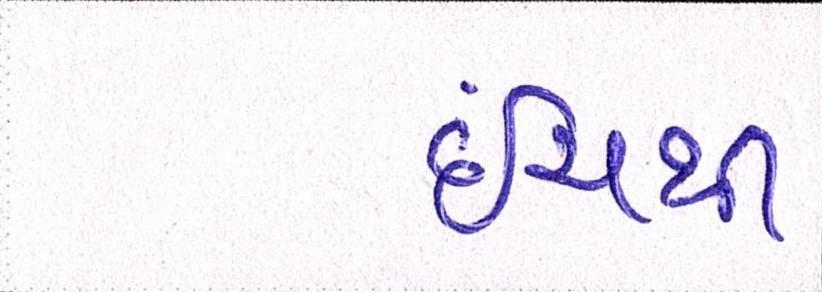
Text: ઇંચથી